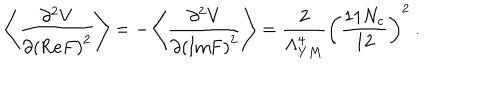
\left\langle \frac { \partial ^ { 2 } V } { \partial \left( \mathrm { R e } F \right) ^ { 2 } } \right\rangle = - \left\langle \frac { \partial ^ { 2 } V } { \partial \left( \mathrm { I m F } \right) ^ { 2 } } \right\rangle = \frac { 2 } { \Lambda _ { Y M } ^ { 4 } } \left( \frac { 1 1 N _ { c } } { 1 2 } \right) ^ { 2 } \ .